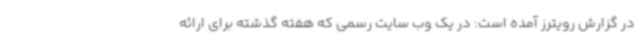
در گزارش رویترز آمده است: در یک وب سایت رسمی که هفته گذشته برای ارائه